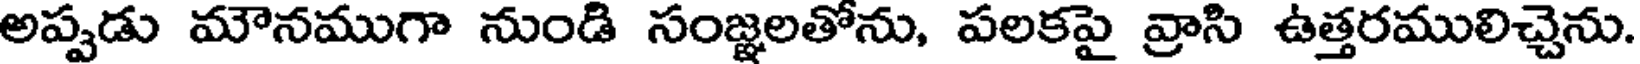
అప్పడు మౌనముగా నుండి సంజ్ఞలతోను, పలకపై వ్రాసి ఉత్తరములిచ్చెను.